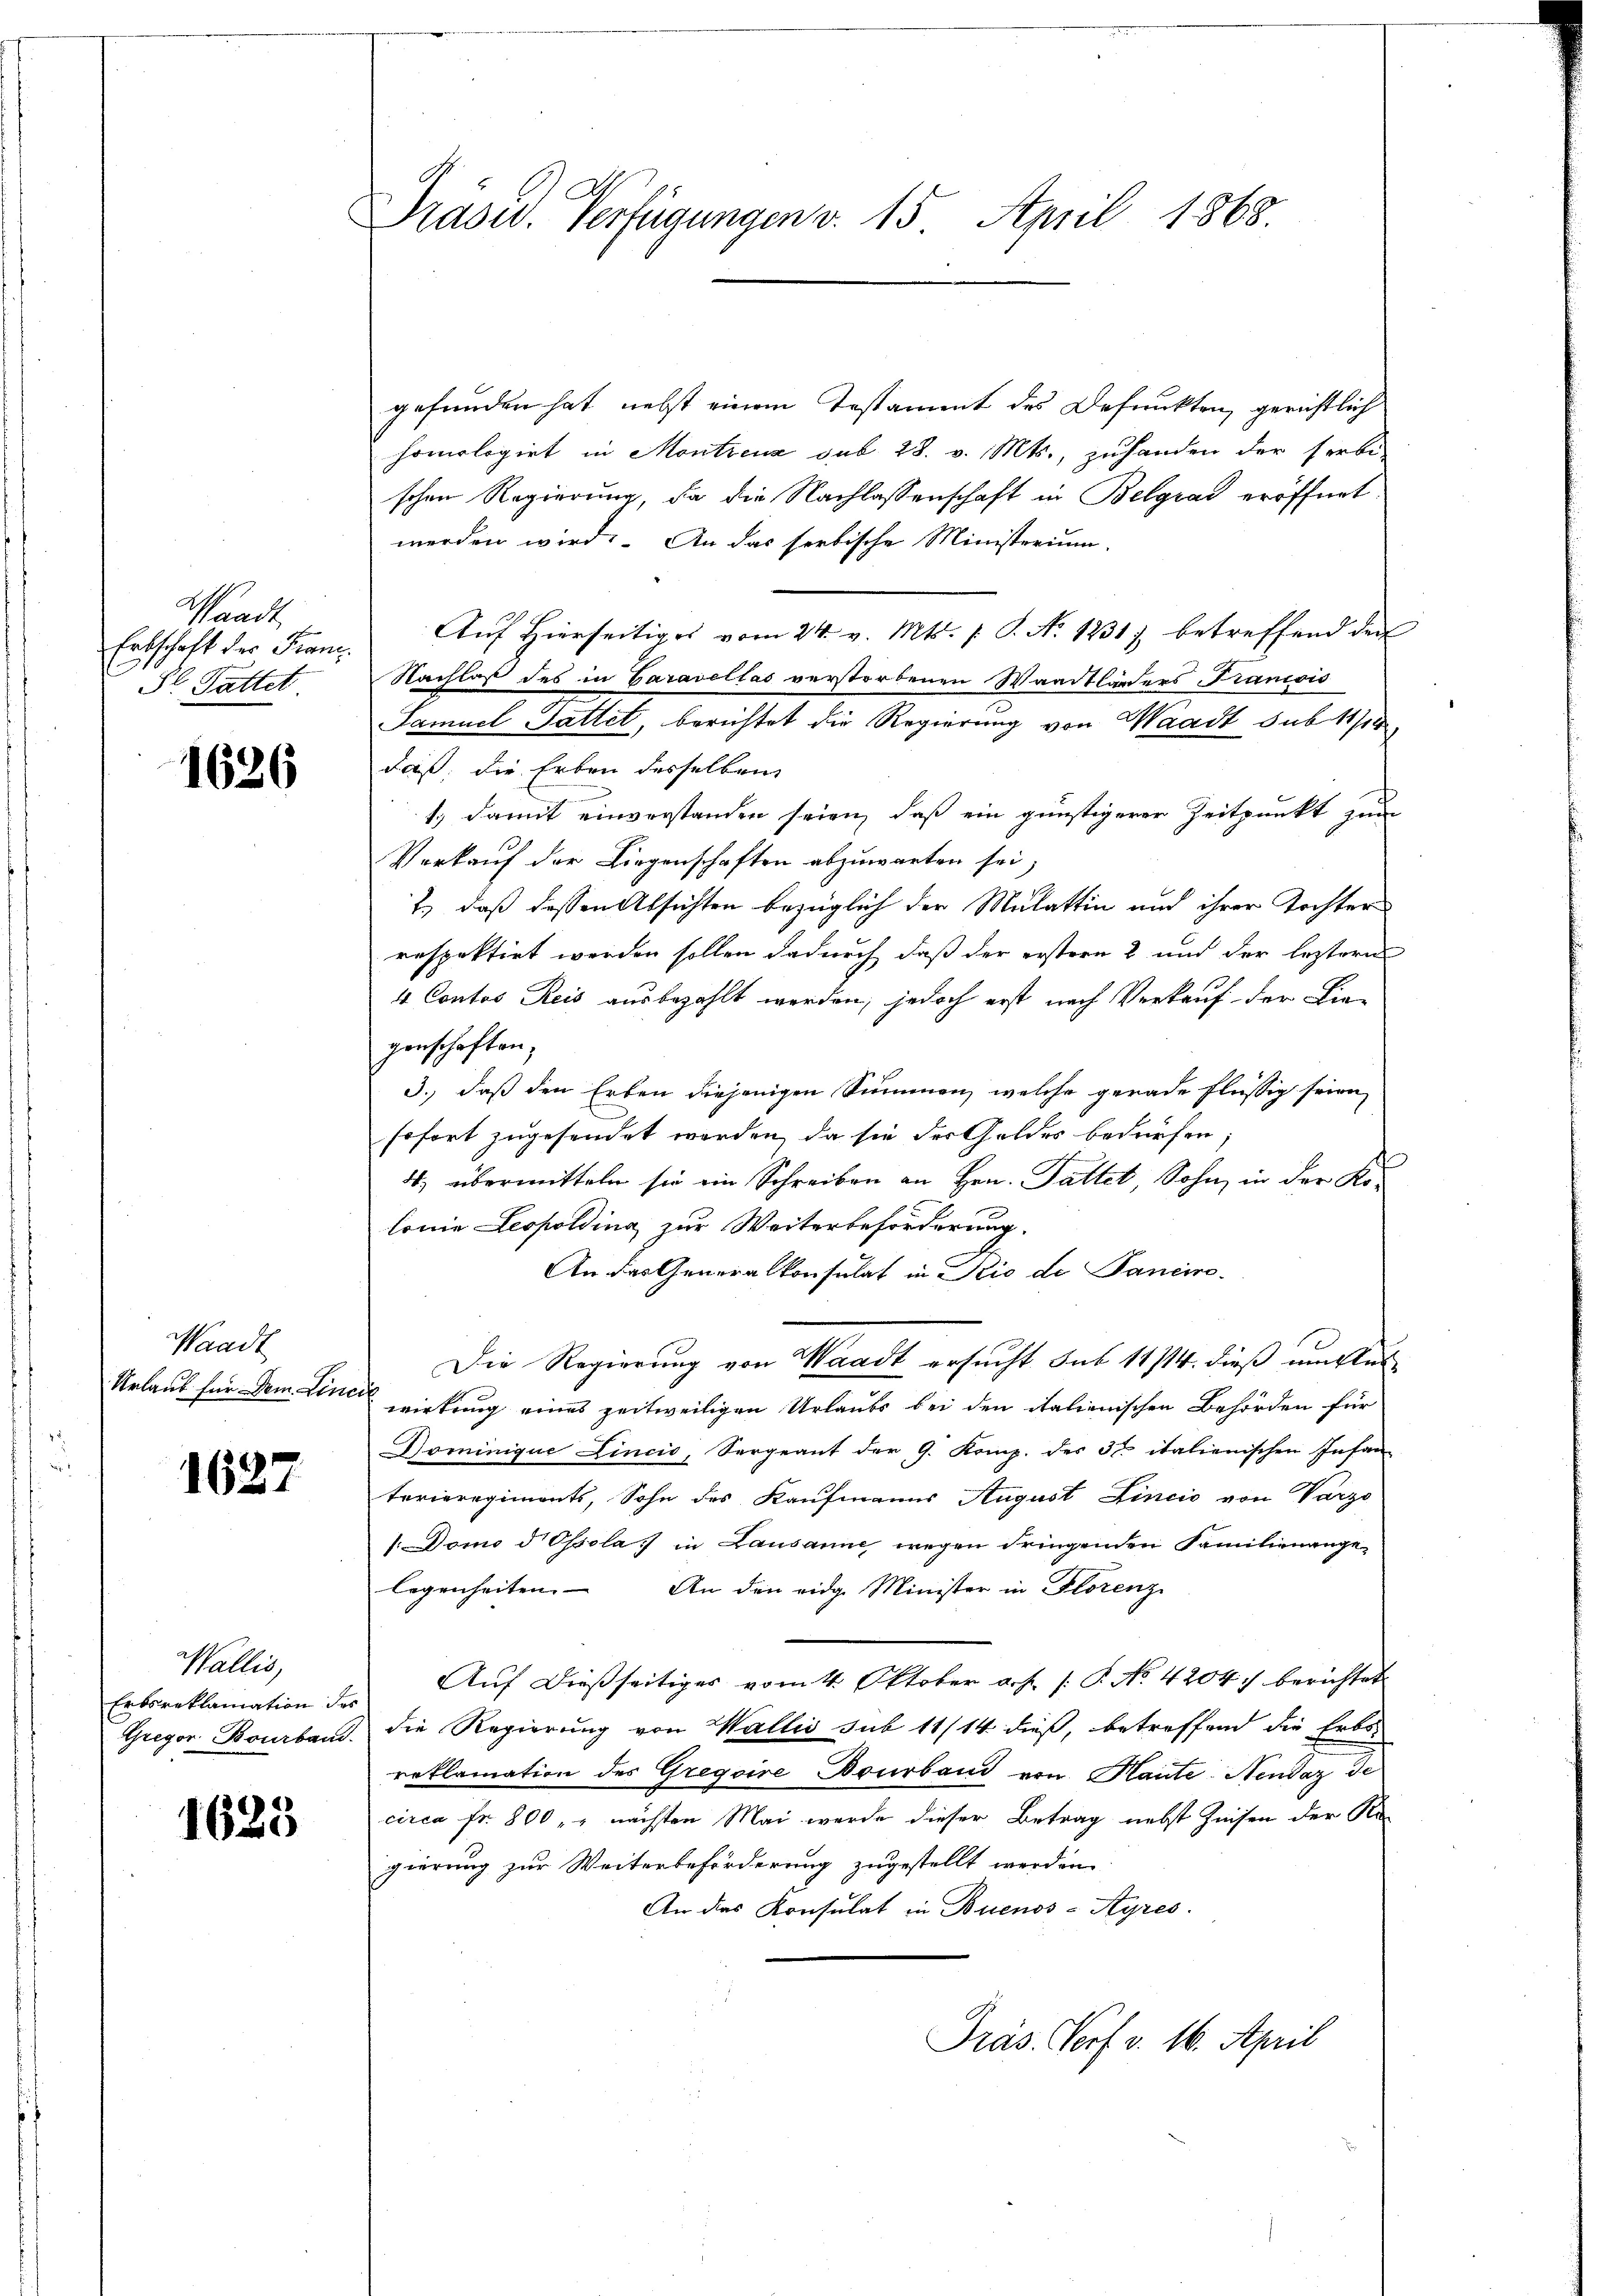
Schrack
Erbschaft der Franz
 gl. Sattet

1636

Waadt
Urlaub für Dem Lini

1627

Wallis,
Erksreklamation dr
Gregor Bourband.

1625

Präsid. Verfügungen v. 15. April 1868

gefunden hat, nebst einem Testament des Defunkten, gerichtlich
homologirt in Montreuz sub 28. v. Mts., zuhanden der serbe-
schen Regierung, da die Nachlassenschaft in Belgrad eröffnet.
werden wird. An das serbische Ministerium
Auf Hierseitiges vom 24. v. Mts. f. P. N. 1231) betreffend den
Nachlaß des in Caradellas verstorbenen Waadtländers Francois
Samuel Gattet, berichtet die Regierung von Waadt sub 11/18
daß die Erben desselben
1. damit einverstanden seien, daß ein günstigerer Zeitpunkt zum
Vorkauf der Liegenschaften abzuwarten sei,
2.) daß dessen Absichten bezüglich der Milattin und ihrer Tochter
respektirt werden sollen dadurch daß der erstern 2 und der leztern
4 Contos Reis ausbezahlt werden, jedoch erst nach Verkauf der Lie-
genschaften;
3., daß den Erben diejenigen Summen, welche gerade flüssig seien
sofort zugesendet werden, da sie der Goldes bedürfen.
4. übermitteln sie ein Schreiben an Hrn. Tattet, Sohn in der Ko-
lonie Leopolding zur Weiterbeförderung.
An das Generalkonsulat in Rio di Pancire
Die Regierung von Waadt ersucht sub 11/14. dieß um Auswirkung eines zeitweiligen Urlaubs bei den italienischen Behörden für
Nominigue Lincio, Sergeant der 9. Komp. des 3. italienischen Infan
terieregiments, Sohn des Kaufmanns August Lincio von Varzo
1. Domo d Ossola in Lausanne wegen dringenden Familienangelegenheiten. An den eidg. Minister in Florenz
Auf dießseitiges vom 4. Oktober a.h. /: P. No. 4204. berichtet
die Regierung von Wallis sub 11/14 dieß, betreffend die Erbs-
reklamation des Gregoire Bourband von Haute-Nendaz de
circa Fr. 800 " " nächsten Mai werde dieser Betrag nebst Zinsen der Ste
gierung zur Weiterbeförderung zugestellt werden.
An das Konsulat in Buenos-Ayres
Präs. Porf. v. 16. April